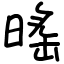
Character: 暚